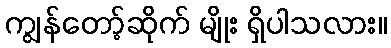
ကျွန်တော့်ဆိုက် မျိုး ရှိပါသလား။